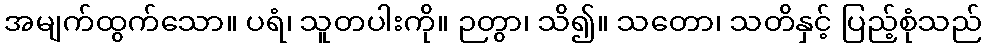
အမျက်ထွက်သော။ ပရံ၊ သူတပါးကို။ ဉတွာ၊ သိ၍။ သတော၊ သတိနှင့် ပြည့်စုံသည်